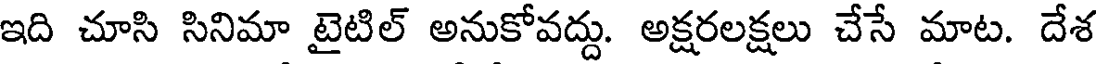
ఇది చూసి సినిమా టైటిల్ అనుకోవద్దు. అక్షరలక్షలు చేసే మాట. దేశ